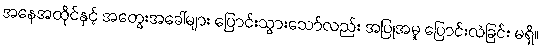
အနေအထိုင်နှင့် အတွေးအခေါ်များ ပြောင်းသွားသော်လည်း အပြုအမူ ပြောင်းလဲခြင်း မရှိ။